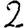
Digit: 2